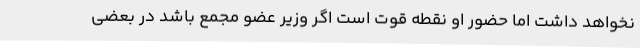
نخواهد داشت اما حضور او نقطه قوت است اگر وزیر عضو مجمع باشد در بعضی